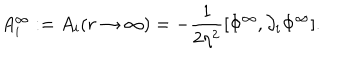
LaTeX: A _ { i } ^ { \infty } : = A _ { i } ( r \rightarrow \infty ) = - \frac { 1 } { 2 \eta ^ { 2 } } [ \Phi ^ { \infty } , \partial _ { i } \Phi ^ { \infty } ] .